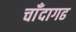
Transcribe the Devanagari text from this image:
चाँदागढ